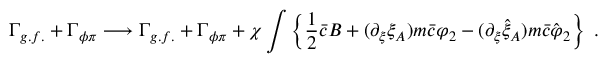
\Gamma _ { g . f . } + \Gamma _ { \phi \pi } \longrightarrow \Gamma _ { g . f . } + \Gamma _ { \phi \pi } + \chi \int \left\{ \frac 1 2 \bar { c } B + ( \partial _ { \xi } \xi _ { A } ) m \bar { c } \varphi _ { 2 } - ( \partial _ { \xi } \hat { \xi } _ { A } ) m \bar { c } \hat { \varphi } _ { 2 } \right\} \; .